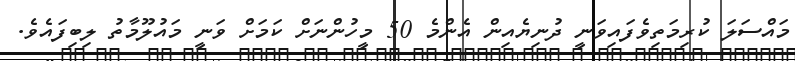
މައްސަލަ ކުރިމަތިވެފައިވަނީ ދުނިޔެއިން އެންމެ 50 މީހުންނަށް ކަމަށް ވަނީ މައުލޫމާތު ލިބިފައެވެ.